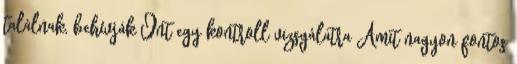
találnak, behívják Önt egy kontroll vizsgálatra Amit nagyon fontos